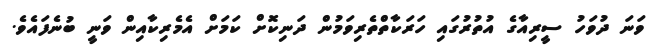
ވަނަ ދުވަހު ސީރިއާގެ އުތުރުގައި ހަރަކާތްތެރިވަމުން ދަނިކޮށް ކަމަށް އެމެރިކާއިން ވަނީ ބުނެފައެވެ.